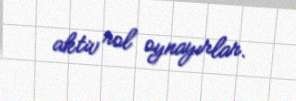
aktiv rol oynayırlar.